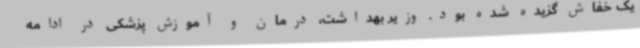
یک خفاش گزیده شده بود. وزیر بهداشت، درمان و آموزش پزشکی در ادامه